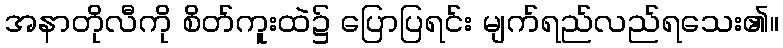
အနာတိုလီကို စိတ်ကူးထဲ၌ ပြောပြရင်း မျက်ရည်လည်ရသေး၏။